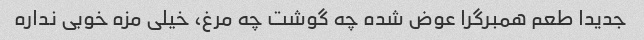
جدیدا طعم همبرگرا عوض شده چه گوشت چه مرغ، خیلی مزه خوبی نداره